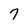
Character: 7